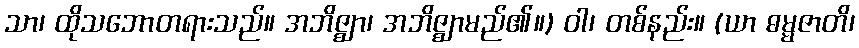
သာ၊ ထိုသဘောတရားသည်။ အဘိဇ္ဈာ၊ အဘိဇ္ဈာမည်၏။) ဝါ၊ တစ်နည်း။ (ယာ ဓမ္မဇာတိ၊